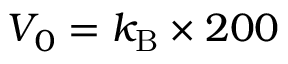
V _ { 0 } = k _ { \mathrm { B } } \times 2 0 0